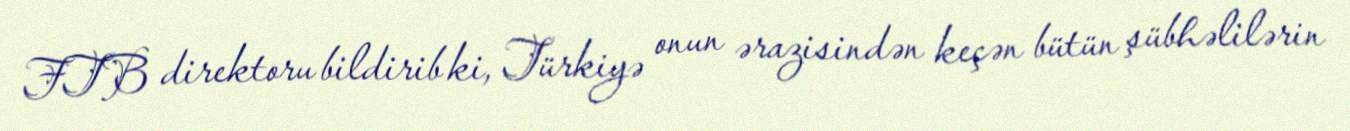
FTB direktoru bildirib ki, Türkiyə onun ərazisindən keçən bütün şübhəlilərin